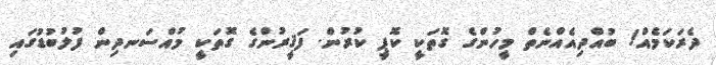
ދެރަކަމެއް! ބުއްދިއެއްނެތް މީހުންގެ ގޮތަކީ ކޮޕީ ކުރުން. ފަޤީރުންގެ ގޮތަކީ މުއްސަނދިން ފުލުބުޑުގައި